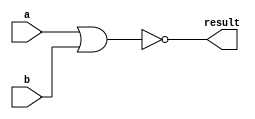
// NOR circuit
// define gates with delays

`define NOR nor 

module structuralNOR
(
    output result,
    input a, 
    input b
);

    `NOR norgate(result, a, b);
    
endmodule

module NOR32
(
    output[31:0] result,
    input[31:0] a, 
    input[31:0] b  
);
    generate
    genvar index;
      for (index = 0;
      index<32;
      index = index + 1)
      begin:genblock
        structuralNOR norindex(result[index], a[index], b[index]);  
      end
    endgenerate
endmodule